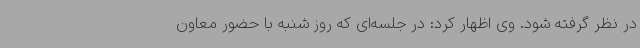
در نظر گرفته شود. وی اظهار کرد: در جلسه‌ای که روز شنبه با حضور معاون